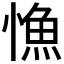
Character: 𢠐